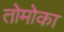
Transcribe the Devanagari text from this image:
तोमोका